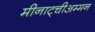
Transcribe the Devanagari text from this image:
मीनाट्चीअम्मन